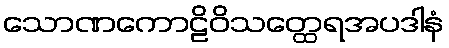
သောဏကောဠိဝိသတ္ထေရအပဒါနံ